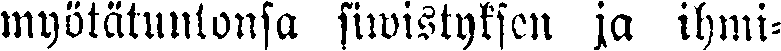
myötätuntonsa siwistyksen ja ihmi-